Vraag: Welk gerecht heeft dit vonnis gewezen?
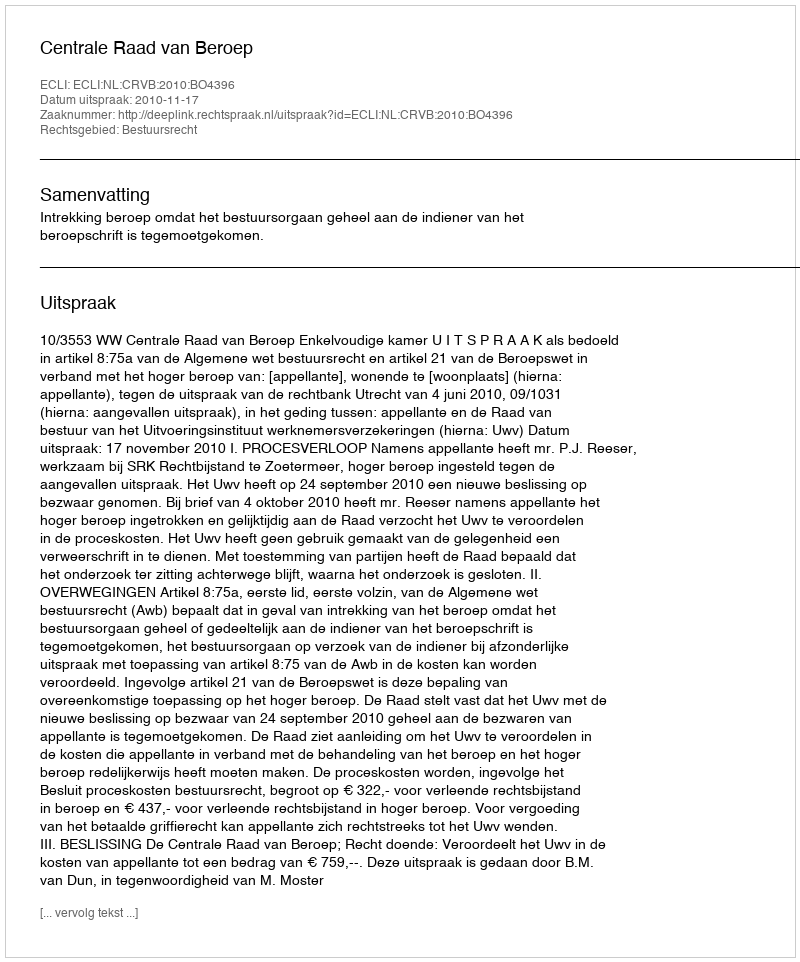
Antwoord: Centrale Raad van Beroep